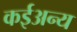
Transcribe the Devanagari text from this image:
कईअन्य